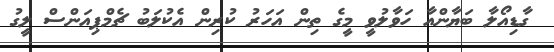
ގާޑިއޯލާ ބަޔާންއާ ހަވާލުވީ މީގެ ތިން އަހަރު ކުރިން އެކުލަބު ޗެމްޕިއަންސް ލީގު